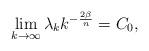
LaTeX: \begin{align*} \lim_{k\rightarrow\infty}\lambda_{k}k^{-\frac{2\beta}{n}} = C_{0}, \end{align*}